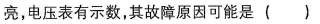
亮，电压表有示数，其故障原因可能是()